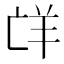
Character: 𮊤